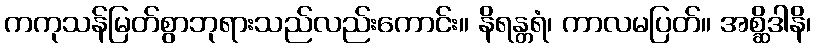
ကကုသန်မြတ်စွာဘုရားသည်လည်းကောင်း။ နိရန္တရံ၊ ကာလမပြတ်။ အစ္ဆိဒါနိ၊